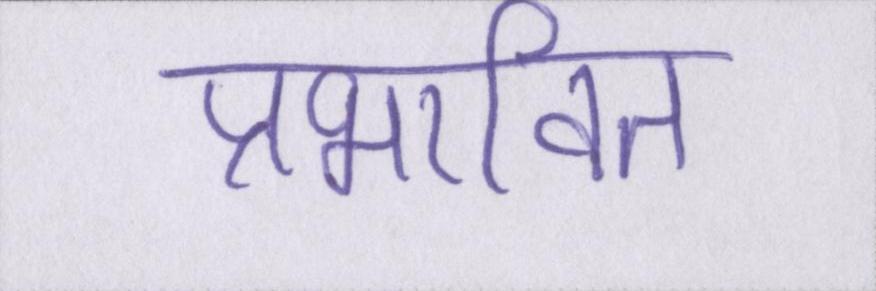
प्रभावित